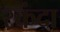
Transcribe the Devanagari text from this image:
स्कंदा